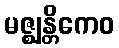
မဇ္ဈန္တိကေဝ